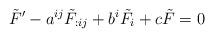
LaTeX: \begin{align*}\tilde{F}' - a^{ij} \tilde{F}_{:ij} + b^i \tilde{F}_i + c \tilde{F} =0\end{align*}